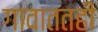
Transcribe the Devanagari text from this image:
गावाततही